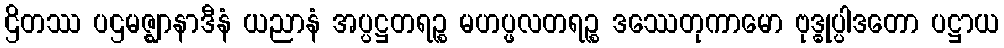
ဌိတဿ ပဌမဇ္ဈာနာဒီနံ ယညာနံ အပ္ပဋ္ဌတရဉ္စ မဟပ္ဖလတရဉ္စ ဒဿေတုကာမော ဗုဒ္ဓုပ္ပါဒတော ပဋ္ဌာယ